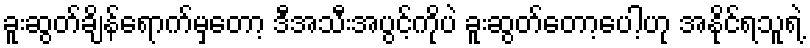
ခူးဆွတ်ချိန်ရောက်မှတော့ ဒီအသီးအပွင့်ကိုပဲ ခူးဆွတ်တော့ပေါ့ဟု အနိုင်ရသူရဲ့